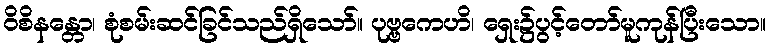
ဝိစိနန္တော၊ စုံစမ်းဆင်ခြင်သည်ရှိသော်။ ပုဗ္ဗကေဟိ၊ ရှေး၌ပွင့်တော်မူကုန်ပြီးသော။